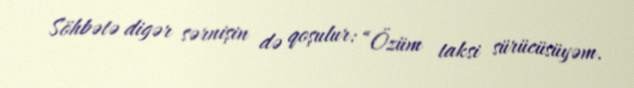
Söhbətə digər sərnişin də qoşulur: “Özüm taksi sürücüsüyəm.